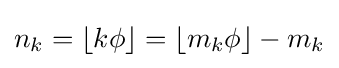
n_{k}=\lfloor k\phi \rfloor =\lfloor m_{k}\phi \rfloor -m_{k}